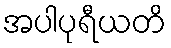
အပါပုရီယတိ